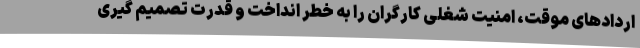
اردادهای موقت، امنیت شغلی کارگران را به خطر انداخت و قدرت تصمیم گیری